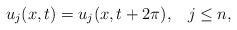
LaTeX: \begin{align*} u_{j}(x,t)=u_{j}(x,t+2\pi), \;\;\; j\le n, \end{align*}